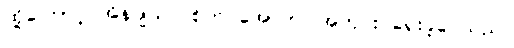
ထို့ကြောင့် အိန်ဂျယ်လ်စ်က အောက်ပါအတိုင်း ရေးခဲ့ပေသည်။